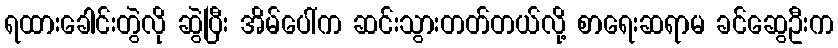
ရထားခေါင်းတွဲလို ဆွဲပြီး အိမ်ပေါ်က ဆင်းသွားတတ်တယ်လို့ စာရေးဆရာမ ခင်ဆွေဦးက